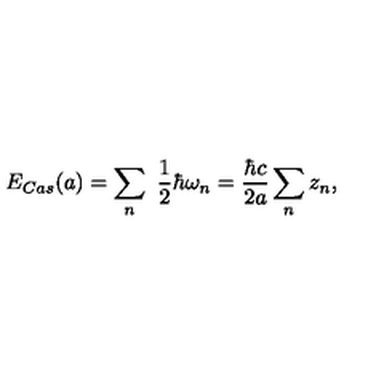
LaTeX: E _ { C a s } ( a ) = \sum _ { n } \ \frac { 1 } { 2 } \hbar \omega _ { n } = \frac { \hbar c } { 2 a } \sum _ { n } z _ { n } ,